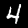
Digit: 4